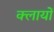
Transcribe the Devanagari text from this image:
क्लायों